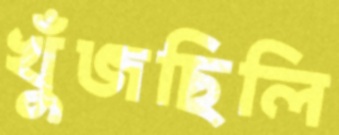
খুঁজছিলি